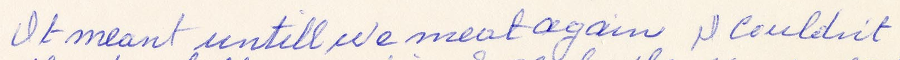
It meant until we meet again I couldn't